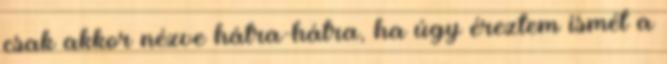
csak akkor nézve hátra-hátra, ha úgy éreztem ismét a